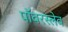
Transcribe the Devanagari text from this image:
पॉवरस्लेव